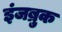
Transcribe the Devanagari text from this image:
इंजब्रुक